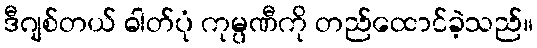
ဒီဂျစ်တယ် ဓါတ်ပုံ ကုမ္ပဏီကို တည်ထောင်ခဲ့သည်။